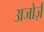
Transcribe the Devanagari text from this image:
अजोर्ज़